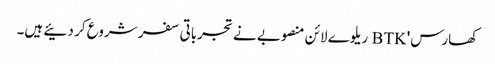
کھارس' BTK ریلوے لائن منصوبے نے تجرباتی سفر شروع کر دئیے ہیں۔